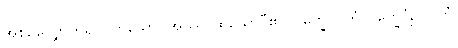
အစဉ်လျှောက်၍လိုက်သော။ အဿ၊ ထိုယောဂီ၏။ ဝိက္ခေပဂတံ-ဝိက္ခေပံဥပဂတံ၊